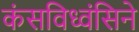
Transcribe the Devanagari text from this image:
कंसविध्वंसिने